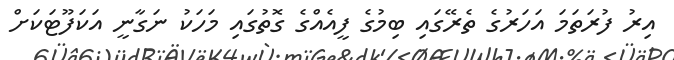
އިރު ފުރަތަމަ އަހަރުގެ ތެރޭގައި ބިމުގެ ފީއެއްގެ ގޮތުގައި މަހަކު ނަގާނީ އަކަފޫޓަކަށް